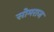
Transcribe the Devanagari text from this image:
सोमराज